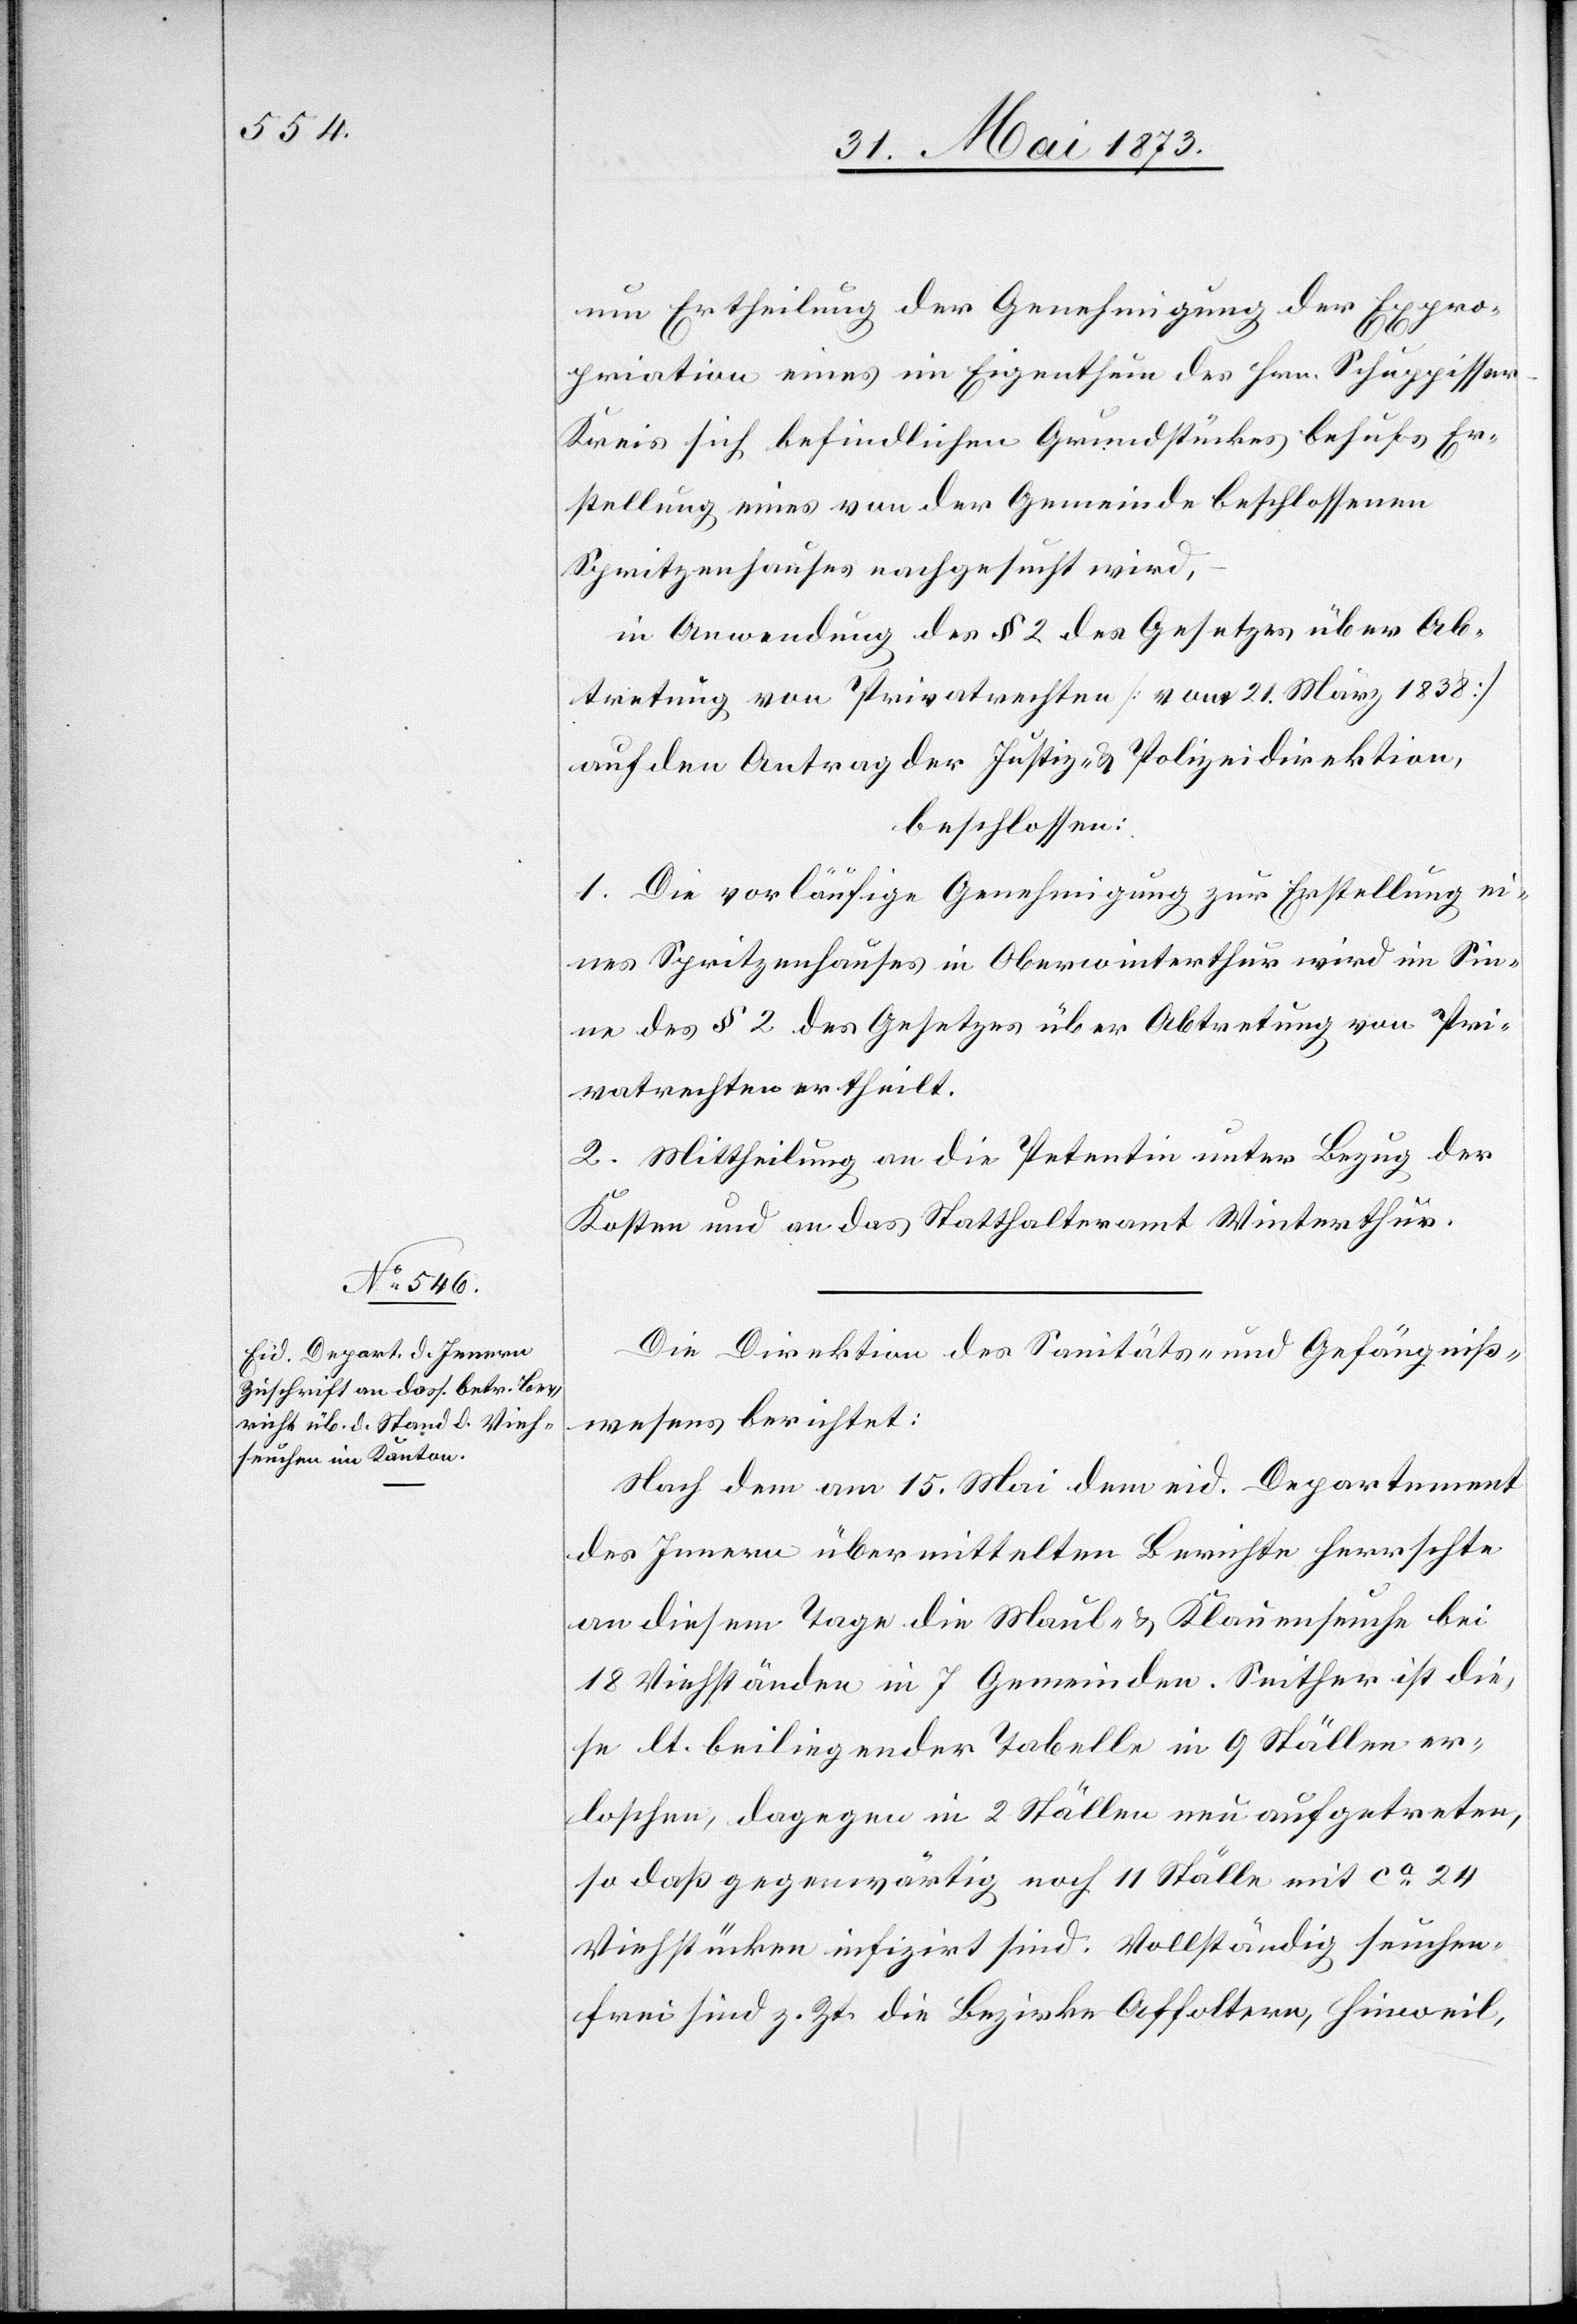
um Ertheilung der Genehmigung der Expro¬
priation eines im Eigenthum des Hrn. Schuppisse¬
r-Kreis sich befindlichen Grundstückes behufs Er¬
stellung eines von der Gemeinde beschlossenen
Spritzenhauses nachgesucht wird,
in Anwendung des § 2 des Gesetzes über Ab¬
tretung von Privatrechten [vom 21. März 1838]
auf den Antrag der Justiz- & Polizeidirektion
beschlossen:
1. Die vorläufige Genehmigung zur Erstellung ei¬
nes Spritzenhauses in Oberwinterthur wird im Sin¬
ne des § 2 des Gesetzes über Abtretung von Pri¬
vatrechten ertheilt.
2. Mittheilung an die Petentin unter Bezug der
Kosten und an das Statthalteramt Winterthur.
Die Direktion des Sanitäts- und Gefängniß¬
wesens berichtet:
Nach dem am 15. Mai dem eid. Departement
des Innern übermittelten Berichte herrschte
an diesem Tage die Maul- & Klauenseuche bei
18 Viehständen in 7 Gemeinden. Seither ist die¬
se lt. beiliegender Tabelle in 9 Ställen er¬
loschen, dagegen in 2 Ställen neu aufgetreten,
so daß gegenwärtig noch 11 Ställe mit ca 24
Viehstücken infizirt sind. Vollständig seuchen¬
frei sind z. Zt. die Bezirke Affoltern, Hinweil,